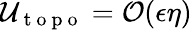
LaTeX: \mathcal{U}_{\mathrm{~t~o~p~o~}}=\mathcal{O}(\epsilon\eta)